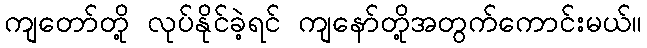
ကျတော်တို့ လုပ်နိုင်ခဲ့ရင် ကျနော်တို့အတွက်ကောင်းမယ်။